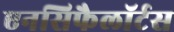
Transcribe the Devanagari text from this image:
एनसिफैलॉर्टस